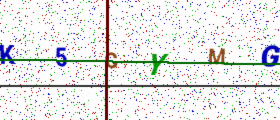
Text: K5CYMG